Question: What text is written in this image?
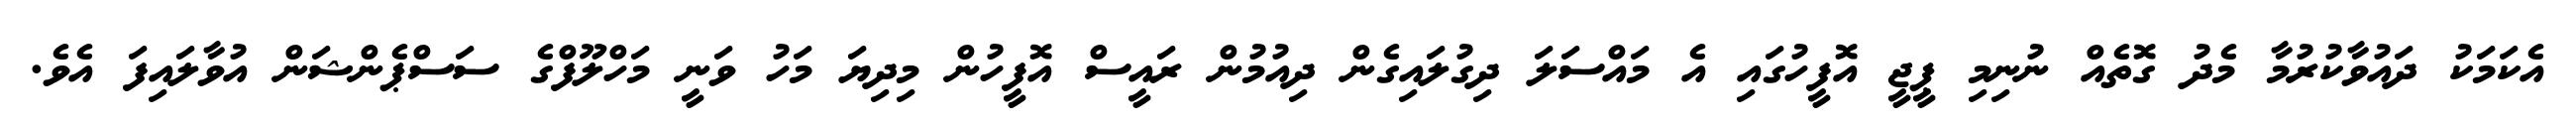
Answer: އެކަމަކު ދައުވާކުރުމާ މެދު ގޮތެއް ނުނިމި ޕީޖީ އޮފީހުގައި އެ މައްސަލަ ދިގުލައިގެން ދިއުމުން ރައީސް އޮފީހުން މިދިޔަ މަހު ވަނީ މަހްލޫފްގެ ސަސްޕެންޝަން އުވާލައިފަ އެވެ.